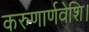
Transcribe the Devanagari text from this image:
करुणार्णवेशि।